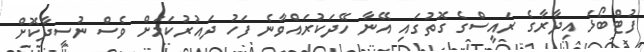
ފުޓްބޯޅަ އިދާރާގެ ރައީސްގެ ގޮތުގައި އޭނާ ހޭދަކުރައްވާނެ ފަހު ދައުރުކަމަށް ވެސް ނުސީދާކޮށް